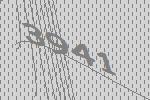
3941